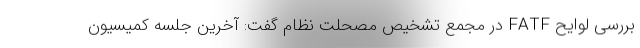
بررسی لوایح FATF در مجمع تشخیص مصحلت نظام گفت: آخرین جلسه کمیسیون